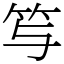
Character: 𥫣